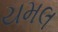
યમલ